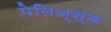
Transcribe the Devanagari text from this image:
पेलिज्स्क